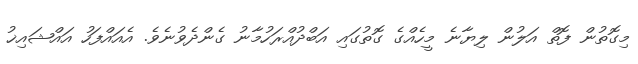
މިގޮތުން ފޮތް އަލުން ލިޔާނެ މީހެއްގެ ގޮތުގައި އަބްދުއްރަހުމާނު ގެންދެވުނެވެ. އެއައްފަހު އައްޝައިޚު